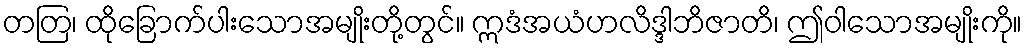
တတြ၊ ထိုခြောက်ပါးသောအမျိုးတို့တွင်။ ဣဒံအယံဟလိဒ္ဒါဘိဇာတိ၊ ဤဝါသောအမျိုးကို။